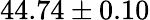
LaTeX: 44.74\pm 0.10